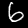
Digit: 6